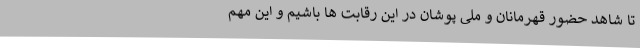
تا شاهد حضور قهرمانان و ملی پوشان در این رقابت ها باشیم و این مهم